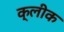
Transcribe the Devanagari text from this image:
क्लीक